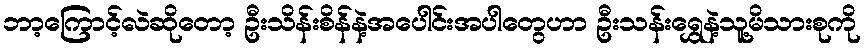
ဘာ့ကြောင့်လဲဆိုတော့ ဦးသိန်းစိန်နဲ့အပေါင်းအပါတွေဟာ ဦးသန်းရွှေနဲ့သူ့မိသားစုကို